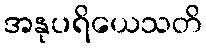
အနုပရိယေသတိ